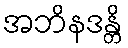
အဘိနဒန္တိ